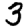
Digit: 3